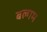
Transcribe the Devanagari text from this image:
बल्गम